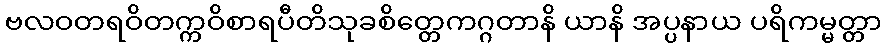
ဗလဝတရဝိတက္ကဝိစာရပီတိသုခစိတ္တေကဂ္ဂတာနိ ယာနိ အပ္ပနာယ ပရိကမ္မတ္တာ